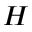
H